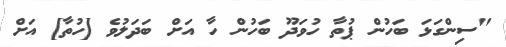
"ސިންގަޅަ ބަހުން ޕުތާ ހުވަދޫ ބަހުން ހާ އަށް ބަދަލުވެ [ހުތާ] އަށް